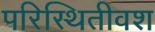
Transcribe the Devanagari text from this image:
परिस्थितीवश